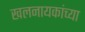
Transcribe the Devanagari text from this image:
खलनायकांच्या